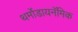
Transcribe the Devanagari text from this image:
थर्मोडायनॅमिक